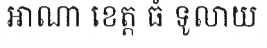
អាណា ខេត្ត ធំ ទូលាយ